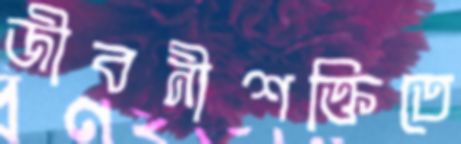
জীবনীশক্তিতে